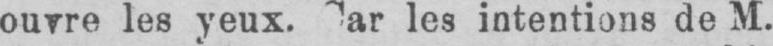
les intentions de M.